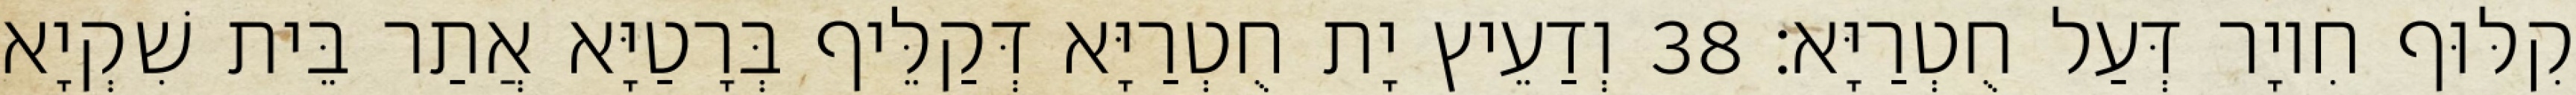
קִלּוּף חִיוָר דְּעַל חֻטְרַיָּא׃ 38 וְדַעֵיץ יָת חֻטְרַיָּא דְּקַלֵּיף בְּרָטַיָּא אֲתַר בֵּית שִׁקְיָא